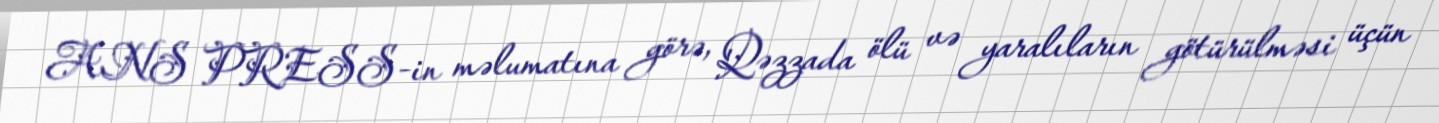
ANS PRESS-in məlumatına görə, Qəzzada ölü və yaralıların götürülməsi üçün